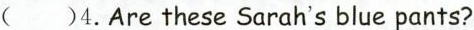
( )4.Are these Sarah's blue pants?